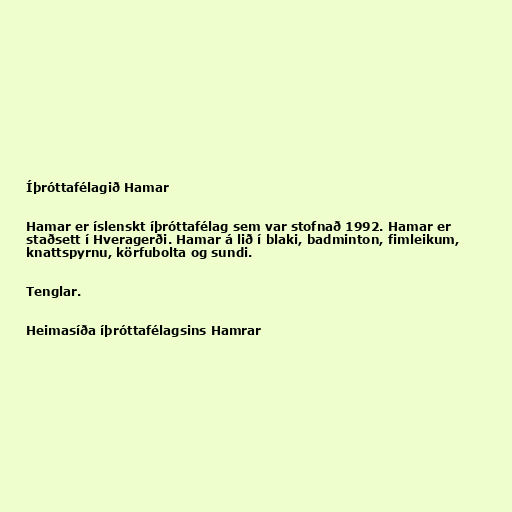
Íþróttafélagið Hamar

Hamar er íslenskt íþróttafélag sem var stofnað 1992. Hamar er
staðsett í Hveragerði. Hamar á lið í blaki, badminton, fimleikum,
knattspyrnu, körfubolta og sundi.

Tenglar.

Heimasíða íþróttafélagsins Hamrar